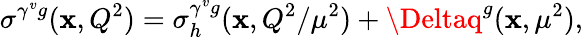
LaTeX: \sigma^{\gamma^{v}g}(\mathbf{x},Q^{2})=\sigma_{h}^{\gamma^{v}g}(\mathbf{x},Q^{2}/\mu^{2})+\Deltaq^{g}(\mathbf{x},\mu^{2}),